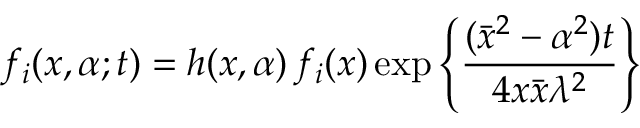
f _ { i } ( x , \alpha ; t ) = h ( x , \alpha ) \, f _ { i } ( x ) \exp \left\{ \frac { ( \bar { x } ^ { 2 } - \alpha ^ { 2 } ) t } { 4 x \bar { x } \lambda ^ { 2 } } \right\}